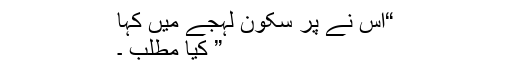
“اس نے پر سکون لہجے میں کہا
” کیا مطلب ۔